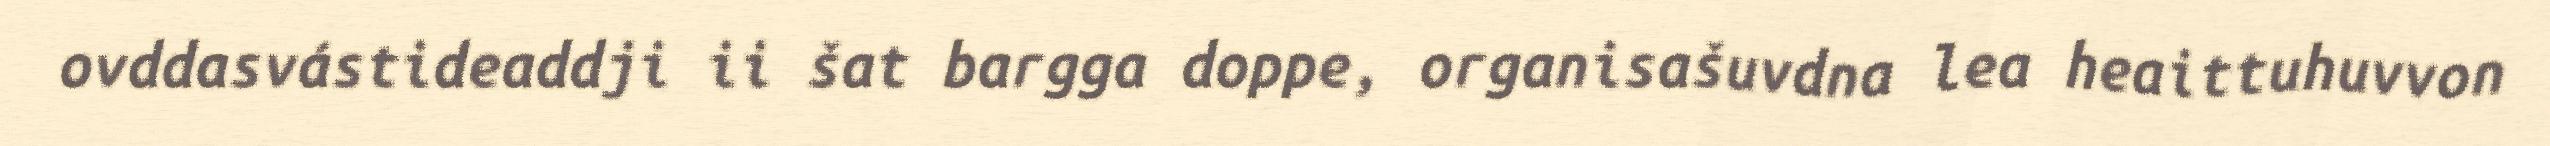
ovddasvástideaddji ii šat bargga doppe, organisašuvdna lea heaittuhuvvon